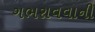
ગભરાવવાની